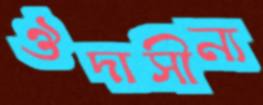
ঔদাসীন্য